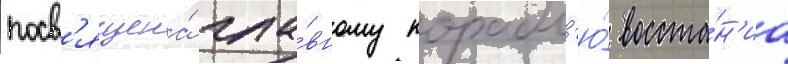
посв'ящена́ гла́вному корабл'ю́ восста́н'иа